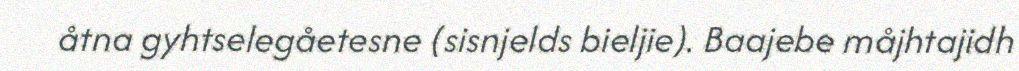
åtna gyhtselegåetesne (sisnjelds bieljie). Baajebe måjhtajidh